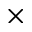
\times